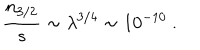
LaTeX: { \frac { n _ { 3 / 2 } } { s } } \sim \lambda ^ { 3 / 4 } \sim 1 0 ^ { - 1 0 } \ .